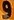
و